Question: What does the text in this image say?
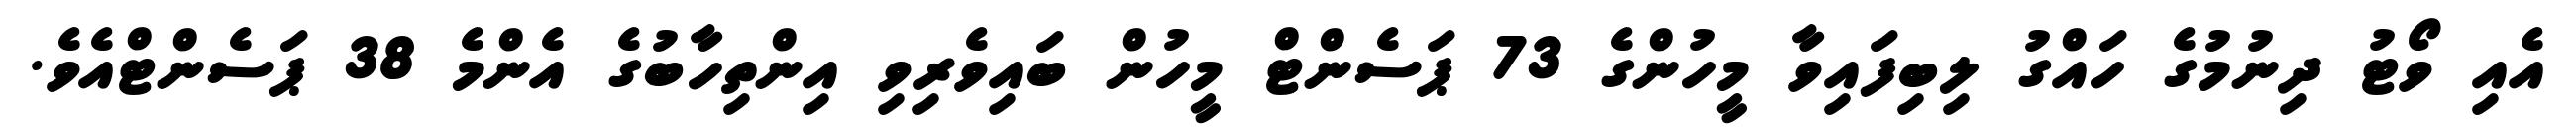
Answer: އެއި ވޯޓު ދިނުމުގެ ހައްގު ލިބިފައިވާ މީހުންގެ 73 ޕަސެންޓް މީހުން ބައިވެރިވި އިންތިހާބުގެ އެންމެ 38 ޕަސެންޓްއެވެ.